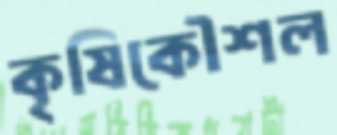
কৃষিকৌশল